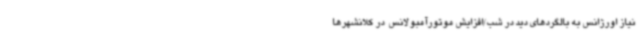
نیاز اورژانس به بالگردهای دید در شب/افزایش موتورآمبولانس  در کلانشهرها